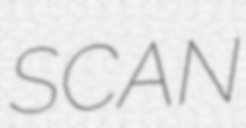
SCAN